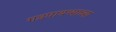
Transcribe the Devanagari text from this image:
गडपायथ्याच्या